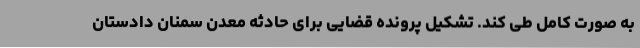
به صورت کامل طی کند. تشکیل پرونده قضایی برای حادثه معدن سمنان دادستان